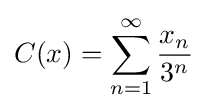
C(x)=\sum _{n=1}^{\infty }{\frac {x_{n}}{3^{n}}}